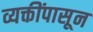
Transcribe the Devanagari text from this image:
व्यक्तींपासून